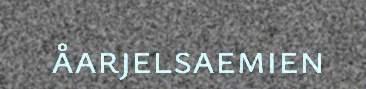
åarjelsaemien